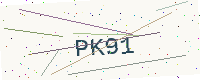
Text: PK91